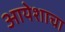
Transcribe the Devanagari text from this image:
आयेशाचा